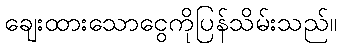
ချေးထားသောငွေကိုပြန်သိမ်းသည်။